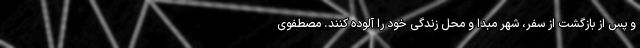
و پس از بازگشت از سفر، شهر مبدا و محل زندگی خود را آلوده کنند. مصطفوی